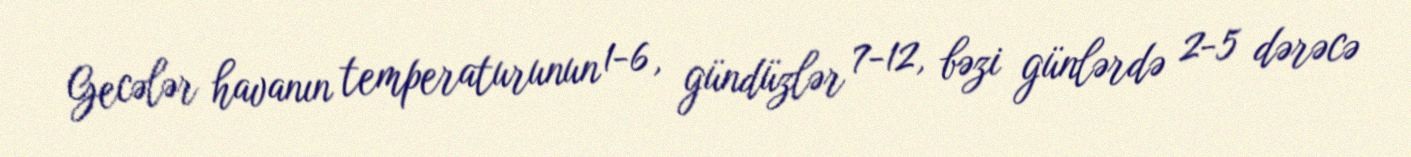
Gecələr havanın temperaturunun 1-6, gündüzlər 7-12, bəzi günlərdə 2-5 dərəcə